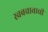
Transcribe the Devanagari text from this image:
स्वबचावाची